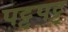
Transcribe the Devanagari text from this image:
पट्टुपट्टु